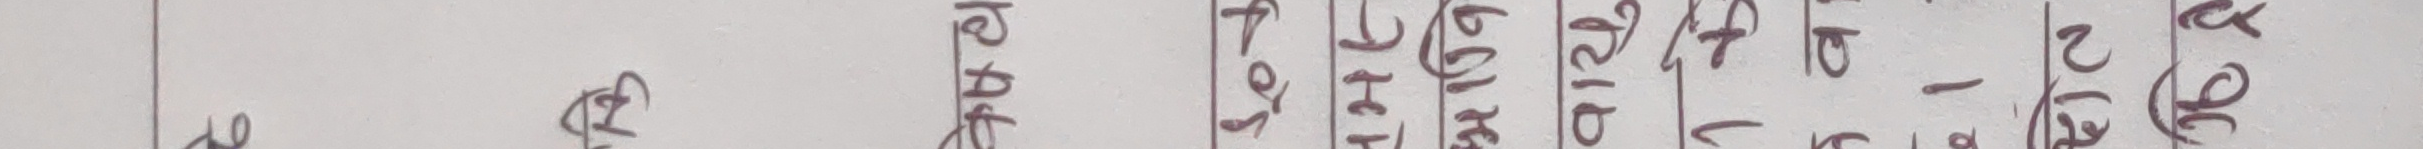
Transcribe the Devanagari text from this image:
फलफूल